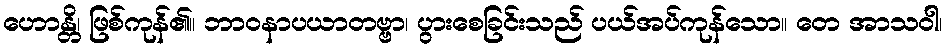
ဟောန္တိ၊ ဖြစ်ကုန်၏။ ဘာဝနာပယာတဗ္ဗာ၊ ပွားစေခြင်းသည် ပယ်အပ်ကုန်သော။ တေ အာသဝါ၊